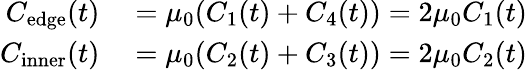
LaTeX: \begin{array}{rl}{C_{\mathrm{edge}}(t)}&{{}=\mu_{0}(C_{1}(t)+C_{4}(t))=2\mu_{0}C_{1}(t)}\\ {C_{\mathrm{inner}}(t)}&{{}=\mu_{0}(C_{2}(t)+C_{3}(t))=2\mu_{0}C_{2}(t)}\end{array}